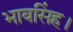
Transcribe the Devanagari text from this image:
भावसिंह।